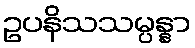
ဥပနိသသမ္ပန္နာ